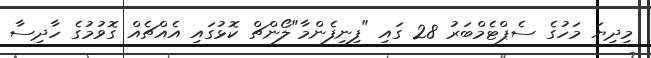
މިދިޔަ މަހުގެ ސެޕްޓެމްބަރު 28 ގައި "ފިނިފެންމާ"ލޯންޗް ކޮޅުގައި އެއްޗެއް ގޮވުމުގެ ހާދިސާ